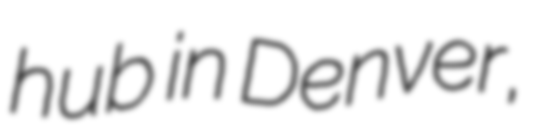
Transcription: hub in Denver,